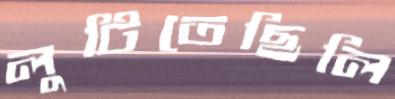
লুটিতেছিলি